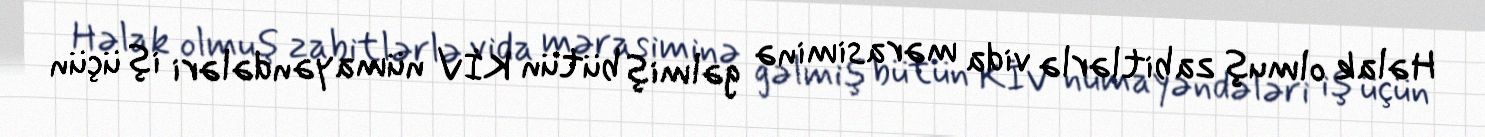
Həlak olmuş zabitlərlə vida mərasiminə gəlmiş bütün KİV nümayəndələri iş üçün